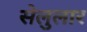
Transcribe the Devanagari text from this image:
सेलुलार